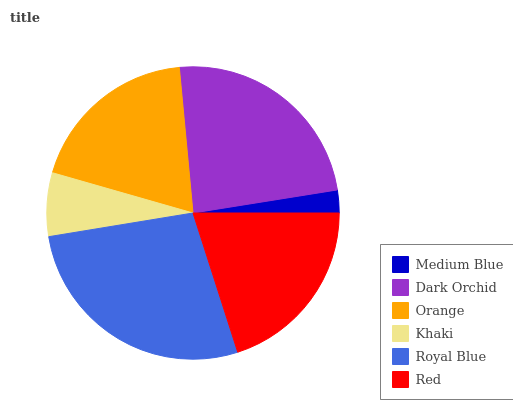
| Medium Blue | Dark Orchid | Orange | Khaki | Royal Blue | Red |
 | --- | --- | --- | --- | --- | --- |
 | 2.51% | 24% | 19.1% | 7.01% | 27.3% | 20% |